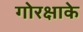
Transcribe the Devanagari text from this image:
गोरक्षाके